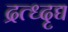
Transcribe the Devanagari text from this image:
द्रत्ध्दृद्य